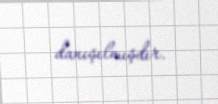
danışılmışdır.